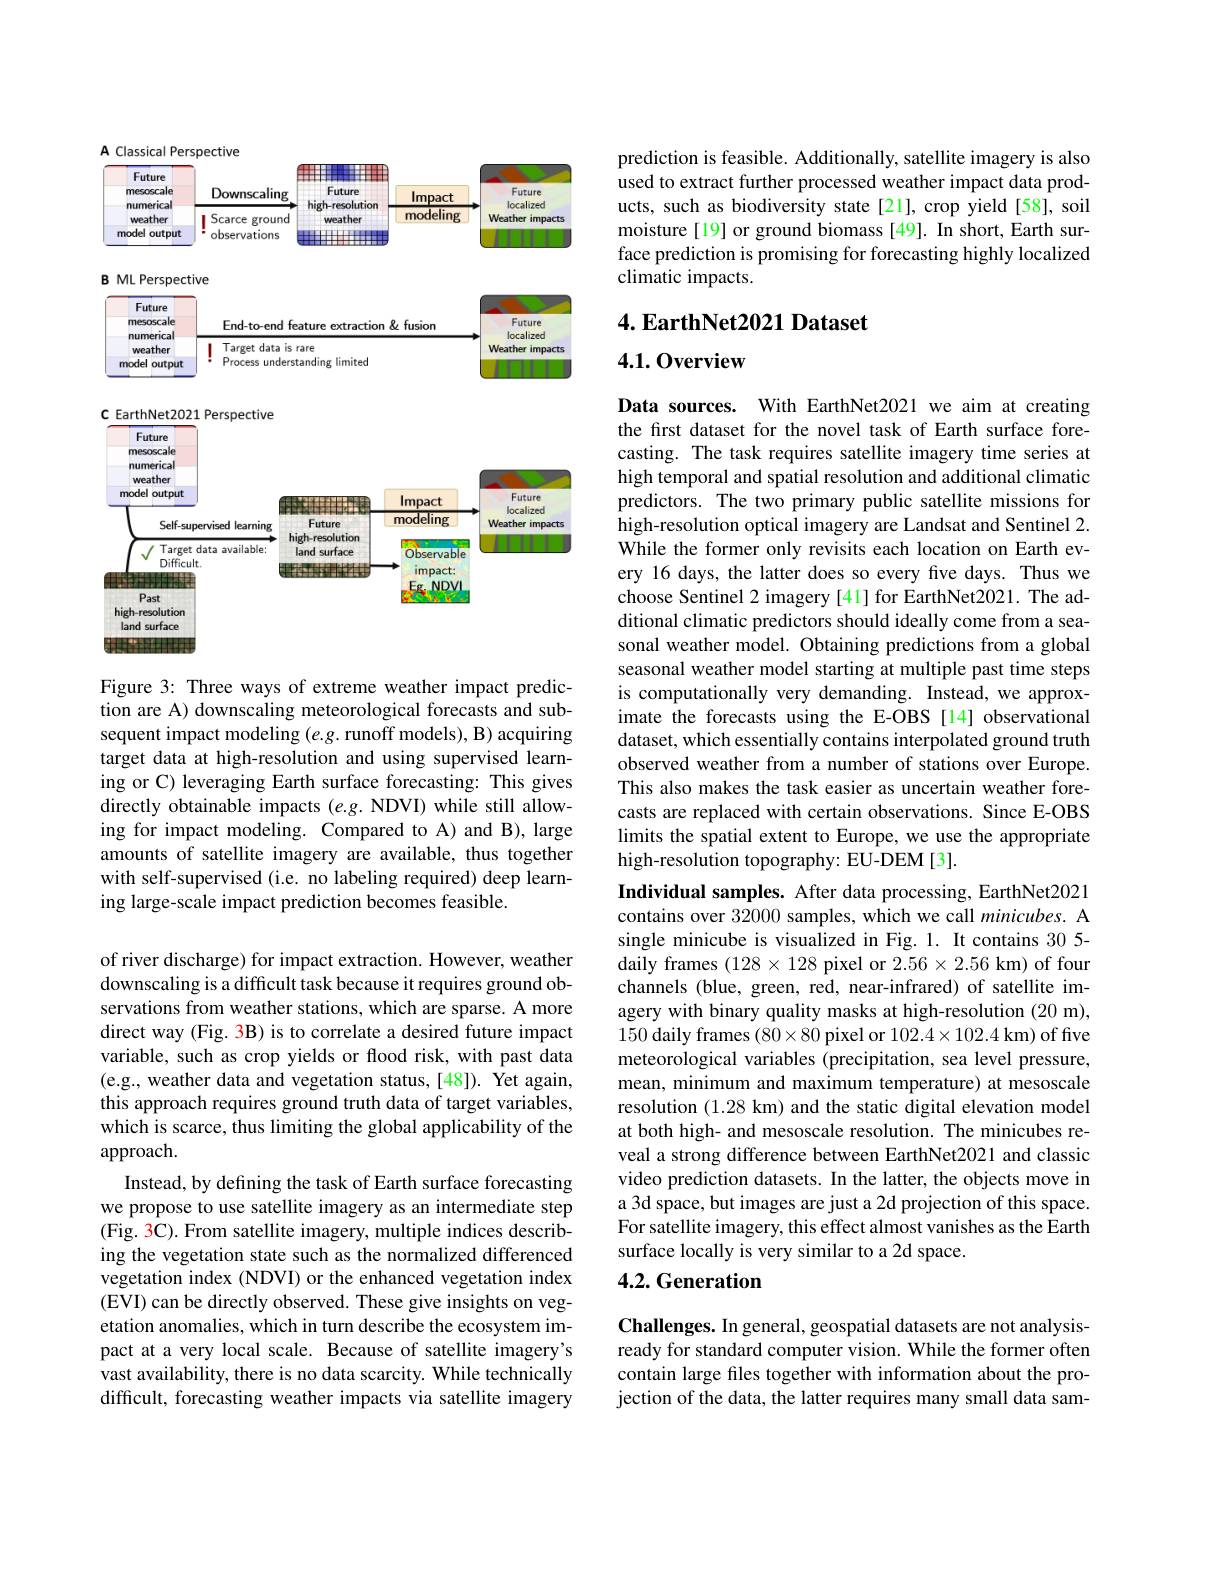
A Classical Perspective
<FigureHere>

Figure 3: Three ways of extreme weather impact prediction are A) downscaling meteorological forecasts and subsequent impact modeling $(e.g.$ runoff models), B) acquiring target data at high-resolution and using supervised learning or C) leveraging Earth surface forecasting: This gives directly obtainable impacts (e.g. NDVI) while still allowing for impact modeling. Compared to A) and B), large amounts of satellite imagery are available, thus together with self-supervised (i.e. no labeling required) deep learning large-scale impact prediction becomes feasible.

of river discharge) for impact extraction. However, weather downscaling is a difficult task because it requires ground observations from weather stations, which are sparse. A more direct way (Fig. 3B) is to correlate a desired future impact variable, such as crop yields or flood risk, with past data (e.g., weather data and vegetation status,[48]). Yet again, this approach requires ground truth data of target variables, which is scarce, thus limiting the global applicability of the approach.
Instead, by defining the task of Earth surface forecasting we propose to use satellite imagery as an intermediate step (Fig. 3C). From satellite imagery, multiple indices describing the vegetation state such as the normalized differenced vegetation index (NDVI) or the enhanced vegetation index (EVI) can be directly observed. These give insights on vegetation anomalies, which in turn describe the ecosystem impact at a very local scale. Because of satellite imagery's vast availability, there is no data scarcity. While technically difficult, forecasting weather impacts via satellite imagery

prediction is feasible. Additionally, satellite imagery is also used to extract further processed weather impact data products, such as biodiversity state[21], crop yield[58], soil moisture[19] or ground biomass [49]. In short, Earth surface prediction is promising for forecasting highly localized climatic impacts.

$4. \textbf{ EarthNet2021 Dataset}$

## 4.1.0verview

Data sources. With EarthNet2021 we aim at creating the first dataset for the novel task of Earth surface forecasting. The task requires satellite imagery time series at high temporal and spatial resolution and additional climatic predictors. The two primary public satellite missions for high-resolution optical imagery are Landsat and Sentinel 2. While the former only revisits each location on Earth every 16 days, the latter does so every five days. Thus we choose Sentinel 2 imagery [41] for EarthNet2021. The additional climatic predictors should ideally come from a seasonal weather model. Obtaining predictions from a global seasonal weather model starting at multiple past time steps is computationally very demanding. Instead, we approximate the forecasts using the E-OBS [14] observational dataset, which essentially contains interpolated ground truth observed weather from a number of stations over Europe. This also makes the task easier as uncertain weather forecasts are replaced with certain observations. Since E-OBS limits the spatial extent to Europe, we use the appropriate high-resolution topography: EU-DEM[3].
Individual samples. After data processing, EarthNet2021

contains over 32000 samples, which we call minicubes. A single minicube is visualized in Fig. 1. It contains 30 5- daily frames $(128\times128$ pixel or $2.56\times2.56$ km) of four channels (blue, green, red, near-infrared) of satellite imagery with binary quality masks at high-resolution (20 m), 150 daily frames $(80\times80$ pixel or $102.4\times102.4$ km) of five meteorological variables (precipitation, sea level pressure, mean, minimum and maximum temperature) at mesoscale resolution (1.28 km) and the static digital elevation model at both high- and mesoscale resolution. The minicubes reveal a strong difference between EarthNet2021 and classic video prediction datasets. In the latter, the objects move in a 3d space, but images are just a 2d projection of this space. $\hat{\text{For satellite imagery, this effect almost vanishes as the Earth}}$ surface locally is very similar to a 2d space.
4.2. Generation

Challenges. In general, geospatial datasets are not analysisready for standard computer vision. While the former often contain large fles together with information about the projection of the data, the latter requires many small data sam-